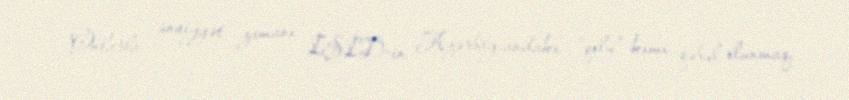
Onlarla ünsiyyət zamanı İŞİD-in Azərbaycandakı “qolu” kimi qəbul olunmaq,